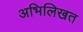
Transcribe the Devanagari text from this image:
अभिलिखत